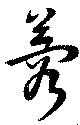
蓉